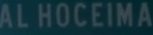
ALHOCEIMA